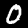
Label: 0